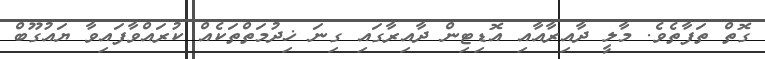
ގޮތް ތަފާތެވެ. މާލީ ދާއިރާއާއި އޮޑިޓިން ދާއިރާގައި ގިނަ ޚިދުމަތްތަކެއް ކުރައްވާފައިވާ ޔައުގޫބް